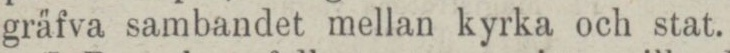
gräfva sambandet mellan kyrka och stat.